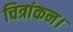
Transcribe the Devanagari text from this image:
चित्रांकन।